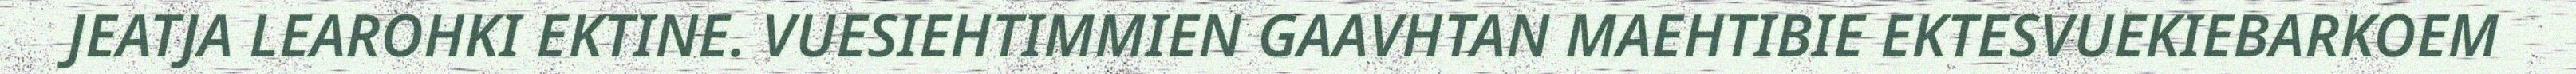
JEATJA LEAROHKI EKTINE. VUESIEHTIMMIEN GAAVHTAN MAEHTIBIE EKTESVUEKIEBARKOEM